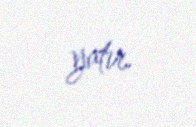
yatır.